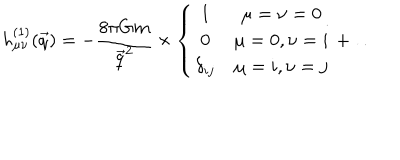
h _ { \mu \nu } ^ { ( 1 ) } ( \vec { q } ) = - { \frac { 8 \pi G m } { \vec { q } ^ { 2 } } } \times \left\{ \begin{array} { c c } { { 1 } } & { { \mu = \nu = 0 } } \\ { { 0 } } & { { \mu = 0 , \nu = i } } \\ { { \delta _ { i j } } } & { { \mu = i , \nu = j } } \\ \end{array} \right. + \ldots